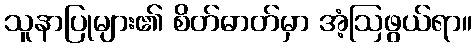
သူနာပြုများ၏ စိတ်ဓာတ်မှာ အံ့ဩဖွယ်ရာ။